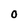
Character: 0